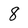
Character: 8